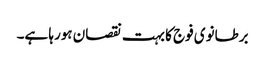
برطانوی فوج کا بہت نقصان ہورہا ہے۔